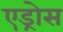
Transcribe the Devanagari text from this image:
एड्रोस